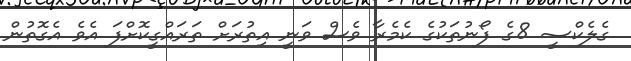
ގެލެކްސީ 8ގެ ފޯނުތަކުގެ ކެމެރާ ވެސް ވަނީ އިތުރަށް ތަރައްގީކޮށްފަ އެވެ އެގޮތުން